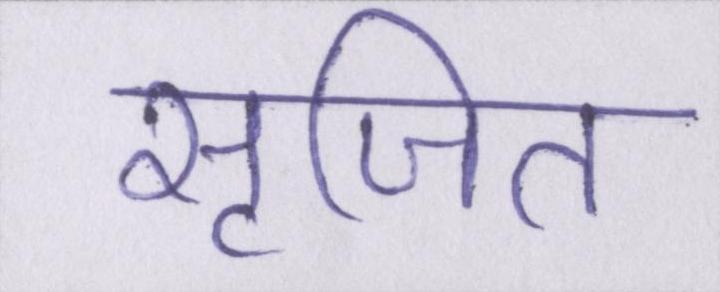
सृजित